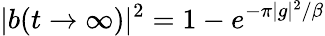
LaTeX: |b(t\rightarrow\infty)|^{2}=1-e^{-\pi|g|^{2}/\beta}